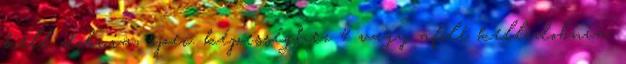
kell dobnia, spec. képességhez 4 vagy afölé kell dobnia.